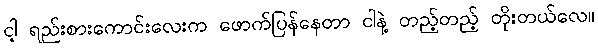
ငါ့ ရည်းစားကောင်းလေးက ဖောက်ပြန်နေတာ ငါနဲ့ တည့်တည့် တိုးတယ်လေ။